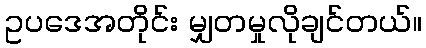
ဥပဒေအတိုင်း မျှတမှုလိုချင်တယ်။